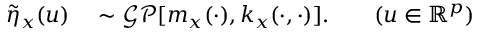
\begin{array} { r l r l } { \Tilde { \eta } _ { x } ( u ) } & { { } \sim \mathcal { G P } [ m _ { x } ( \cdot ) , k _ { x } ( \cdot , \cdot ) ] . } & { } & { { } ( u \in \mathbb { R } ^ { p } ) } \end{array}